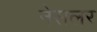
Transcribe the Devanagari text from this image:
नेसलर